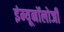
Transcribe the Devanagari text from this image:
इंम्यूनॉलोजी